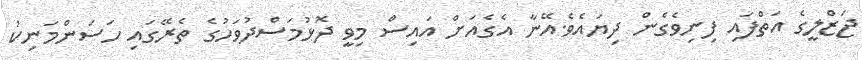
ޖަޒްލީގެ އަތްފައި ފިނިވެގެން ދިޔައެވެ.އޭނާ އެގެއަށް އައިސް މިވީ ދޮޅުމަސްދުވަހުގެ ތެރޭގައި ހަސަންމަނިކު